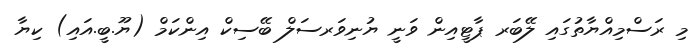
މި ރަސްމިއްޔާތުގައި ލޭބަރ ޕާޓީއިން ވަނީ ޔުނިވަރސަލް ބޭސިކް އިންކަމް (ޔޫ.ބީ.އައި) ކިޔާ